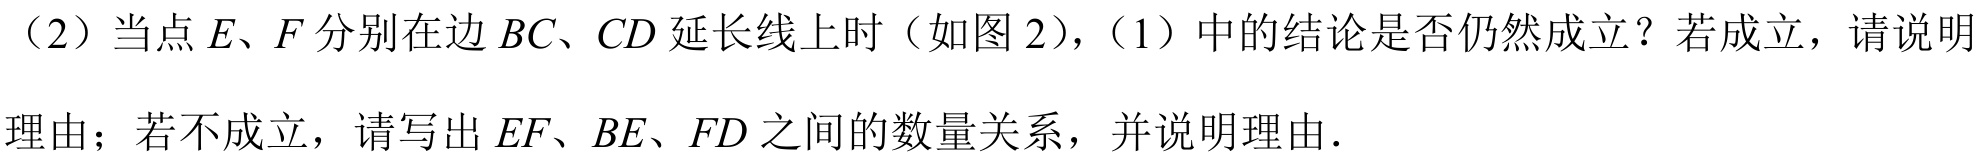
（2）当点 \(E、F\) 分别在边 \(BC、CD\) 延长线上时（如图 2），（1）中的结论是否仍然成立？若成立，请说明
理由；若不成立，请写出 \(EF、BE、FD\) 之间的数量关系，并说明理由.